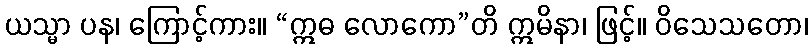
ယသ္မာ ပန၊ ကြောင့်ကား။ “ဣဓ လောကော”တိ ဣမိနာ၊ ဖြင့်။ ဝိသေသတော၊